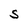
Character: S